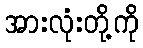
အားလုံးတို့ကို